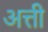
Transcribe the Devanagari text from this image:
अत्ती